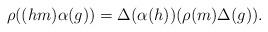
LaTeX: \begin{align*}\rho((hm)\alpha(g))=\Delta(\alpha(h))(\rho(m)\Delta(g)).\end{align*}